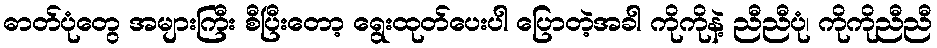
ဓာတ်ပုံတွေ အများကြီး စီပြီးတော့ ရွေးထုတ်ပေးပါ ပြောတဲ့အခါ ကိုကိုနဲ့ ညီညီပုံ၊ ကိုကိုညီညီ